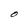
Character: O